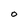
Character: O